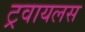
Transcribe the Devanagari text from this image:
ट्रवायलस